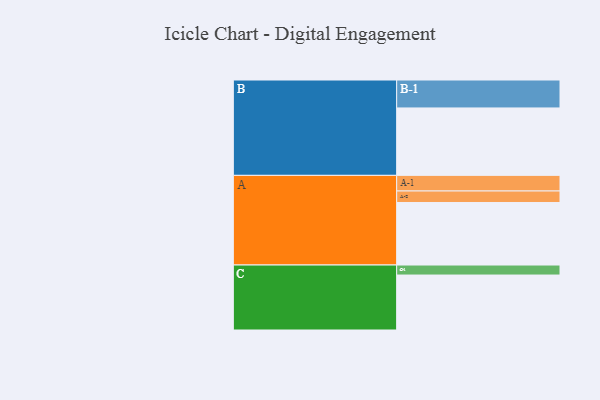
{"axis": {"x": "Segment", "y": "Value"}, "legend": ["", "A", "B", "C"], "data": [{"x": "A", "y": 537, "type": ""}, {"x": "B", "y": 579, "type": ""}, {"x": "C", "y": 472, "type": ""}, {"x": "A-1", "y": 134, "type": "A"}, {"x": "A-2", "y": 99, "type": "A"}, {"x": "B-1", "y": 240, "type": "B"}, {"x": "C-1", "y": 86, "type": "C"}]}